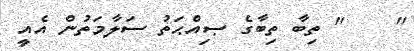
"    " ތިބާ ތިބާގެ ޞިއްޙަތު ސަލާމަތުން އެއީ